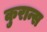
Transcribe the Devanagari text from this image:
कुरान्स